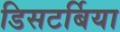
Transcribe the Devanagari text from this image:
डिसटर्बिया